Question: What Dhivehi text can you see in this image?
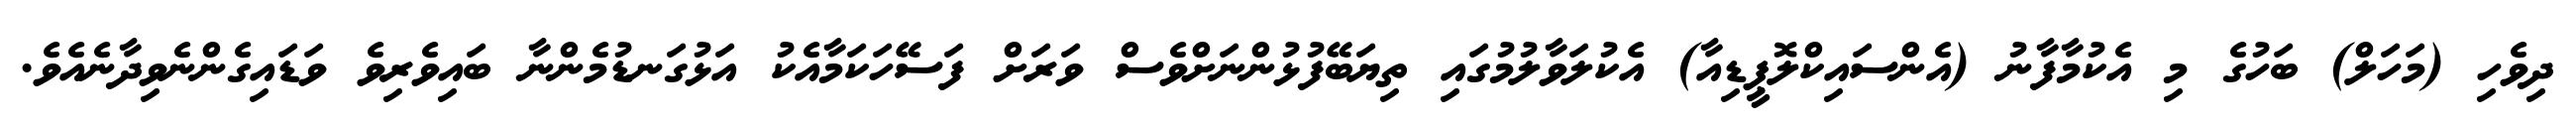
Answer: ދިވެހި (މަހަލް) ބަހުގެ މި އެކުމާފާނު (އެންސައިކްލޮޕީޑިއާ) އެކުލަވާލުމުގައި ތިޔަބޭފުޅުންނަށްވެސް ވަރަށް ފަސޭހަކަމާއެކު އަޅުގަނޑުމެންނާ ބައިވެރިވެ ވަޑައިގެންނެވިދާނެއެވެ.